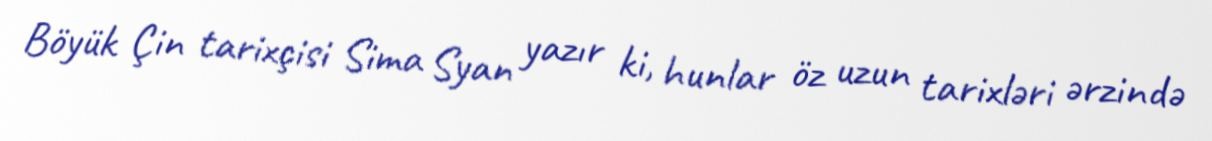
Böyük Çin tarixçisi Sima Syan yazır ki, hunlar öz uzun tarixləri ərzində